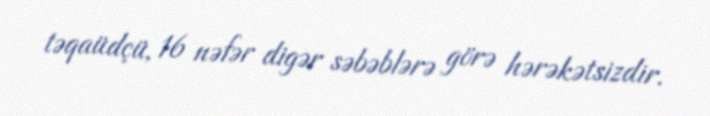
təqaüdçü, 16 nəfər digər səbəblərə görə hərəkətsizdir.